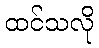
ထင်သလို